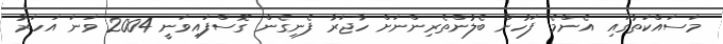
މަސައްކަތުގައި އެންމެ ފަހުން ބެލުންތެރިންނަށް ހާޖަރާ ފެނިގެން ގޮސްފައިވަނީ 2004 ވަނަ އަހަރު